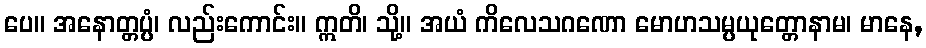
ပေ။ အနောတ္တပ္ပံ၊ လည်းကောင်း။ ဣတိ၊ သို့။ အယံ ကိလေသဂဏော မောဟသမ္ပယုတ္တောနာမ၊ မာနေ,